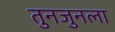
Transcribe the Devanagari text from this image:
तुनजुनला